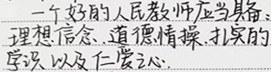
一个好的人民教师应当具备：理想信念、道德情操、扎实的学识以及仁爱之心.